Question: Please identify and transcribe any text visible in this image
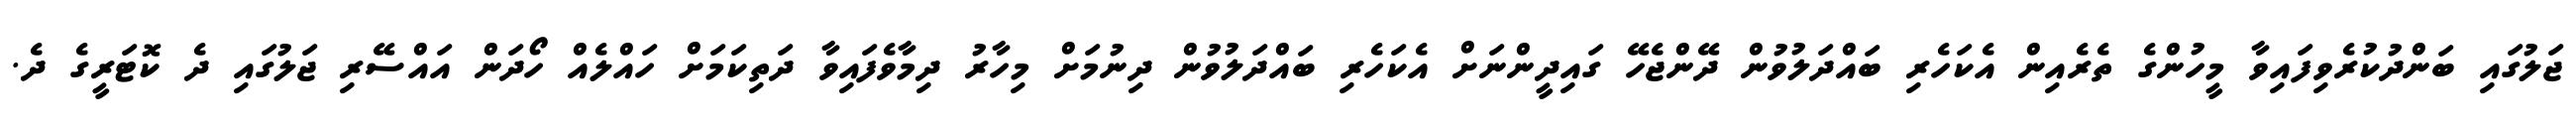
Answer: ޖަލުގައި ބަންދުކުރެވިފައިވާ މީހުންގެ ތެރެއިން އެކަހެރި ބައްދަލުވުން ދޭންޖެހޭ ގައިދީންނަށް އެކަހެރި ބައްދަލުވުން ދިނުމަށް މިހާރު ދިމާވެފައިވާ ދަތިކަމަށް ހައްލެއް ހޯދަން އައްސޭރި ޖަލުގައި ދެ ކޮޓަރީގެ ދެ.